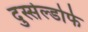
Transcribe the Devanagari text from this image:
दुस्सेल्डोर्फ